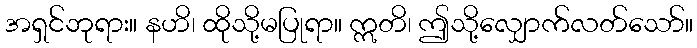
အရှင်ဘုရား။ နဟိ၊ ထိုသို့မပြုရာ။ ဣတိ၊ ဤသို့လျှောက်လတ်သော်။